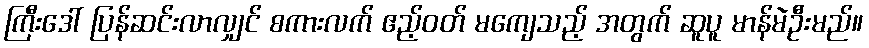
ကြီးဒေါ် ပြန်ဆင်းလာလျှင် စကားလက် ဧည့်ဝတ် မကျေသည့် အတွက် ဆူပူ မာန်မဲဦးမည်။